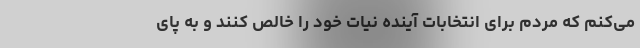
می‌کنم که مردم برای انتخابات آینده نیات خود را خالص کنند و به پای